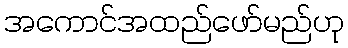
အကောင်အထည်ဖော်မည်ဟု